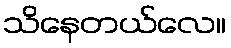
သိနေတယ်လေ။